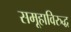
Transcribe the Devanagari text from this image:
समूहाविरुद्ध